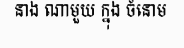
នាង ណាមួយ ក្នុង ចំនោម